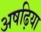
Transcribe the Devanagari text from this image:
अषढ़िया